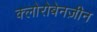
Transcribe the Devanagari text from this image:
क्लोरोबेनज़ीन